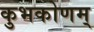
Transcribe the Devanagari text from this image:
कुभकोणम्